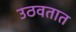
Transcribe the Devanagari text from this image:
उठवतात